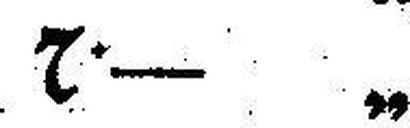
7•— „